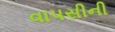
વાપસીની